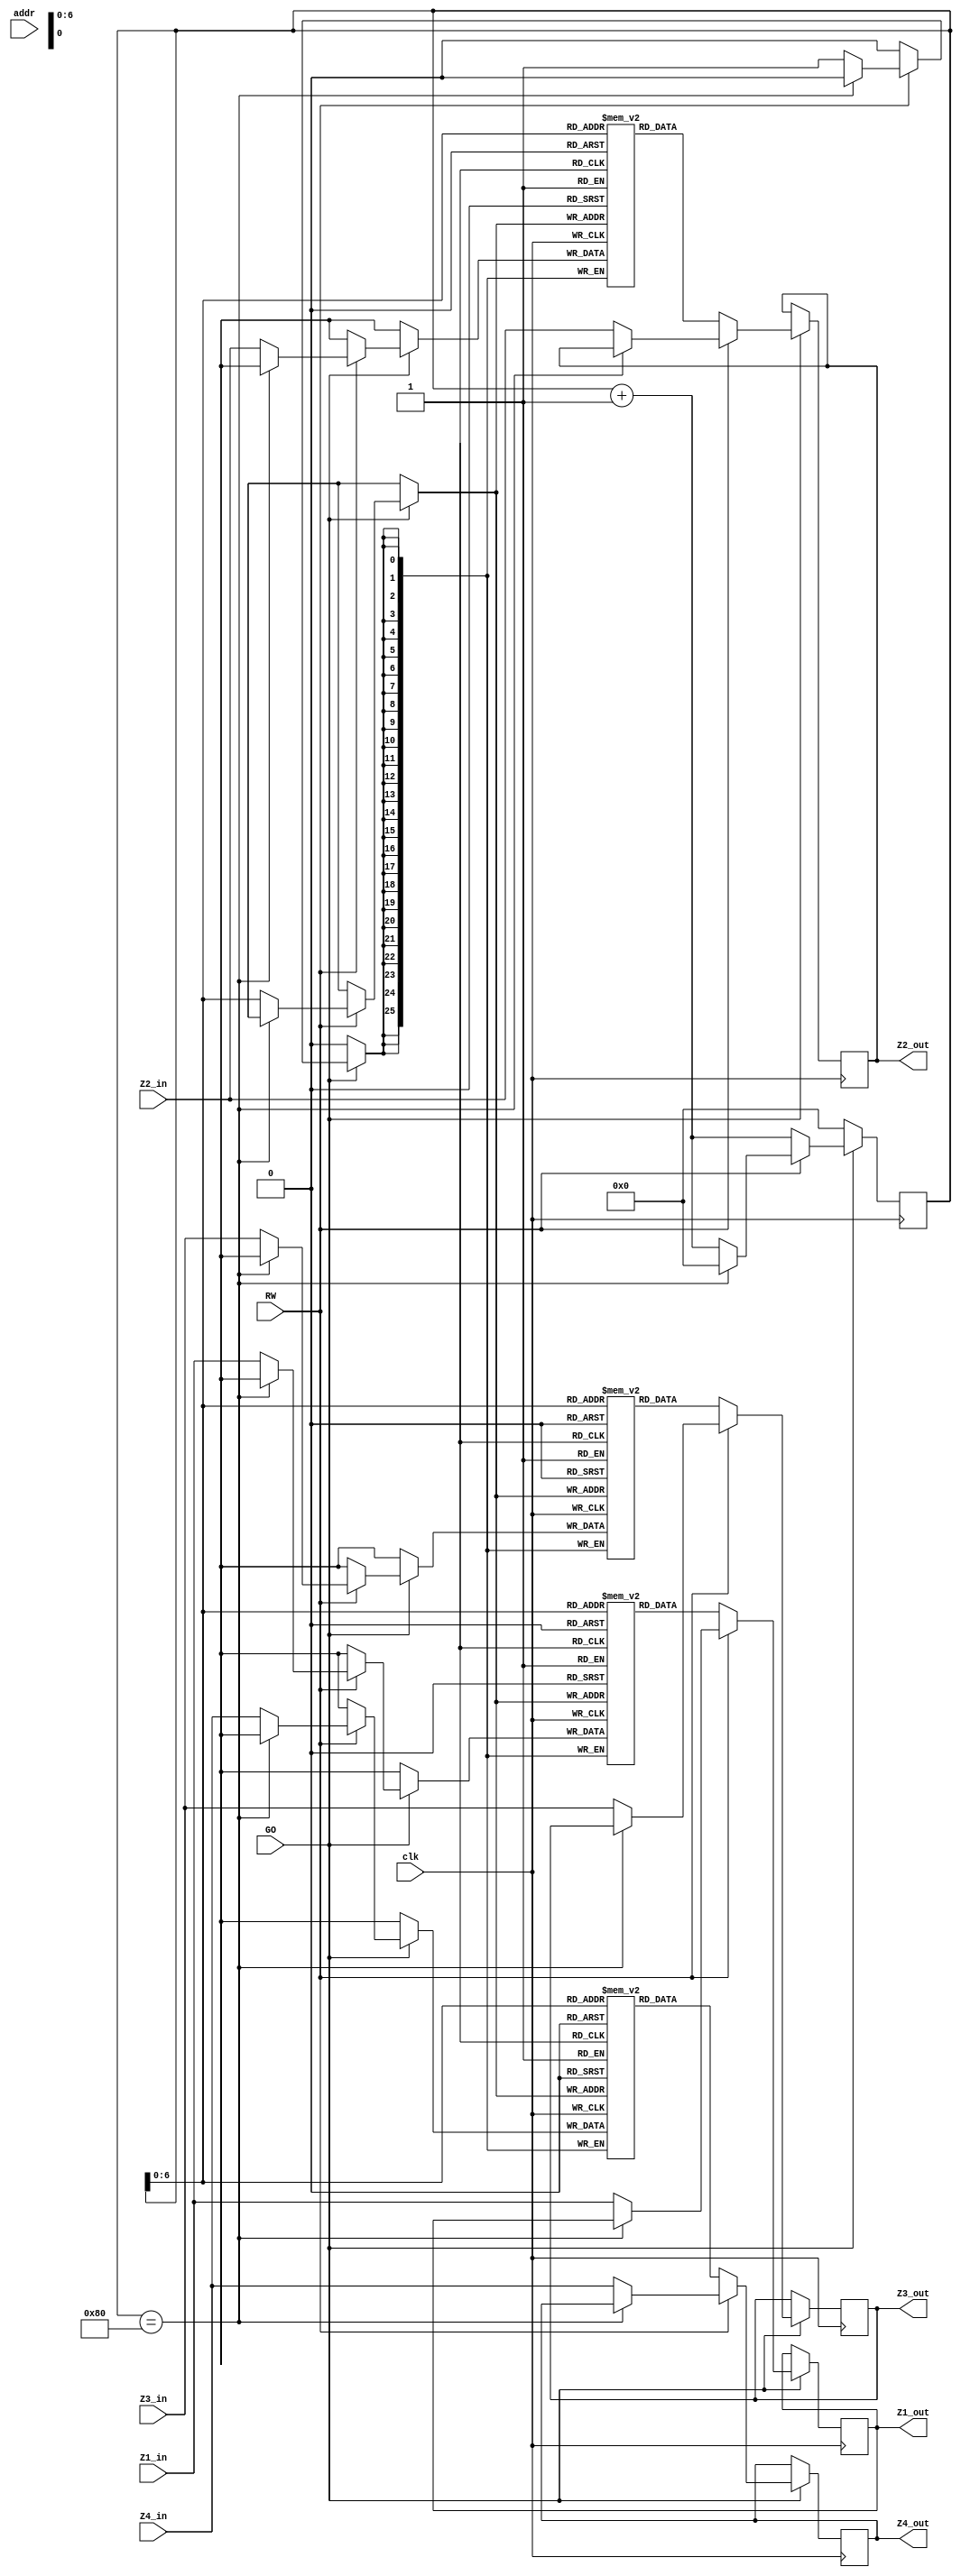
module RAM(
    input wire clk,
    input wire GO,
    input wire RW,
    input wire [13:0] addr,
    input wire signed [25:0] Z1_in,
    input wire signed [25:0] Z2_in,
    input wire signed [25:0] Z3_in,
    input wire signed [25:0] Z4_in,
/*
    input wire signed [15:0] C11_in,
	input wire signed [15:0] C12_in,
	input wire signed [15:0] C13_in,
	input wire signed [15:0] C14_in,
	input wire signed [15:0] C21_in,
	input wire signed [15:0] C22_in,
	input wire signed [15:0] C23_in,
	input wire signed [15:0] C24_in,
	input wire signed [15:0] C31_in,
	input wire signed [15:0] C32_in,
	input wire signed [15:0] C33_in,
	input wire signed [15:0] C34_in,
	input wire signed [15:0] C41_in,
	input wire signed [15:0] C42_in,
	input wire signed [15:0] C43_in,
	input wire signed [15:0] C44_in,

    output wire signed [15:0] C11_out,
	output wire signed [15:0] C12_out,
	output wire signed [15:0] C13_out,
	output wire signed [15:0] C14_out,
	output wire signed [15:0] C21_out,
	output wire signed [15:0] C22_out,
	output wire signed [15:0] C23_out,
	output wire signed [15:0] C24_out,
	output wire signed [15:0] C31_out,
	output wire signed [15:0] C32_out,
	output wire signed [15:0] C33_out,
	output wire signed [15:0] C34_out,
	output wire signed [15:0] C41_out,
	output wire signed [15:0] C42_out,
	output wire signed [15:0] C43_out,
	output wire signed [15:0] C44_out,

    input wire signed [25:0] V11_in, V12_in, V13_in, V14_in; 
    input wire signed [25:0] V21_in, V22_in, V23_in, V24_in; 
    input wire signed [25:0] V31_in, V32_in, V33_in, V34_in; 
    input wire signed [25:0] V41_in, V42_in, V43_in, V44_in; 

    output wire signed [25:0] V11_out,V12_out,V13_out,V14_out;
    output wire signed [25:0] V21_out,V22_out,V23_out,V24_out;
    output wire signed [25:0] V31_out,V32_out,V33_out,V34_out;
    output wire signed [25:0] V41_out,V42_out,V43_out,V44_out;
*/

    output reg signed [25:0] Z1_out, 
    output reg signed [25:0] Z2_out,
    output reg signed [25:0] Z3_out,
    output reg signed [25:0] Z4_out
);

reg signed [25:0] RAM_Z1[0:127];
reg signed [25:0] RAM_Z2[0:127];
reg signed [25:0] RAM_Z3[0:127];
reg signed [25:0] RAM_Z4[0:127];
reg [7:0] cnt;

always @ (posedge clk)
begin
    if (GO)  begin
        if (RW) begin
            if(cnt==128) begin
                cnt<=0;
            end
            else begin
                RAM_Z1[cnt] <= Z1_in;
                RAM_Z2[cnt] <= Z2_in;
                RAM_Z3[cnt] <= Z3_in;
                RAM_Z4[cnt] <= Z4_in;
                Z1_out <= Z1_in; 
                Z2_out <= Z2_in;
                Z3_out <= Z3_in;
                Z4_out <= Z4_in;
                cnt<=cnt+1;
            end
        end 
        else begin
            if(cnt==128) begin
                cnt<=0;
            end
            Z1_out <= RAM_Z1[cnt]; 
            Z2_out <= RAM_Z2[cnt];
            Z3_out <= RAM_Z3[cnt];
            Z4_out <= RAM_Z4[cnt];
            cnt<=cnt+1;
        end
    end
    else begin
         cnt<=0;
    end
end


endmodule